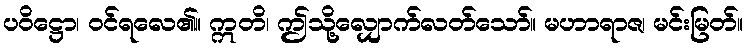
ပဝိဋ္ဌော၊ ဝင်ရလေ၏။ ဣတိ၊ ဤသို့လျှောက်လတ်သော်။ မဟာရာဇ၊ မင်းမြတ်။